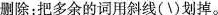
删除：把多余的词用斜线(\)划掉。